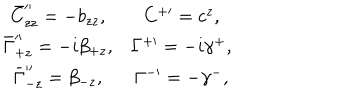
\begin{matrix} { { \bar { C } _ { z z } ^ { \prime \prime } = - b _ { z z } , } } & { { C ^ { + \prime } = c ^ { z } , } } \\ { { \bar { \Gamma } _ { + z } ^ { \prime \prime } = - i \beta _ { + z } , } } & { { \Gamma ^ { + \prime } = - i \gamma ^ { + } , } } \\ { { \bar { \Gamma } _ { - z } ^ { \prime \prime } = \beta _ { - z } , } } & { { \Gamma ^ { - \prime } = - \gamma ^ { - } , } } \\ \end{matrix}